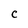
Character: c